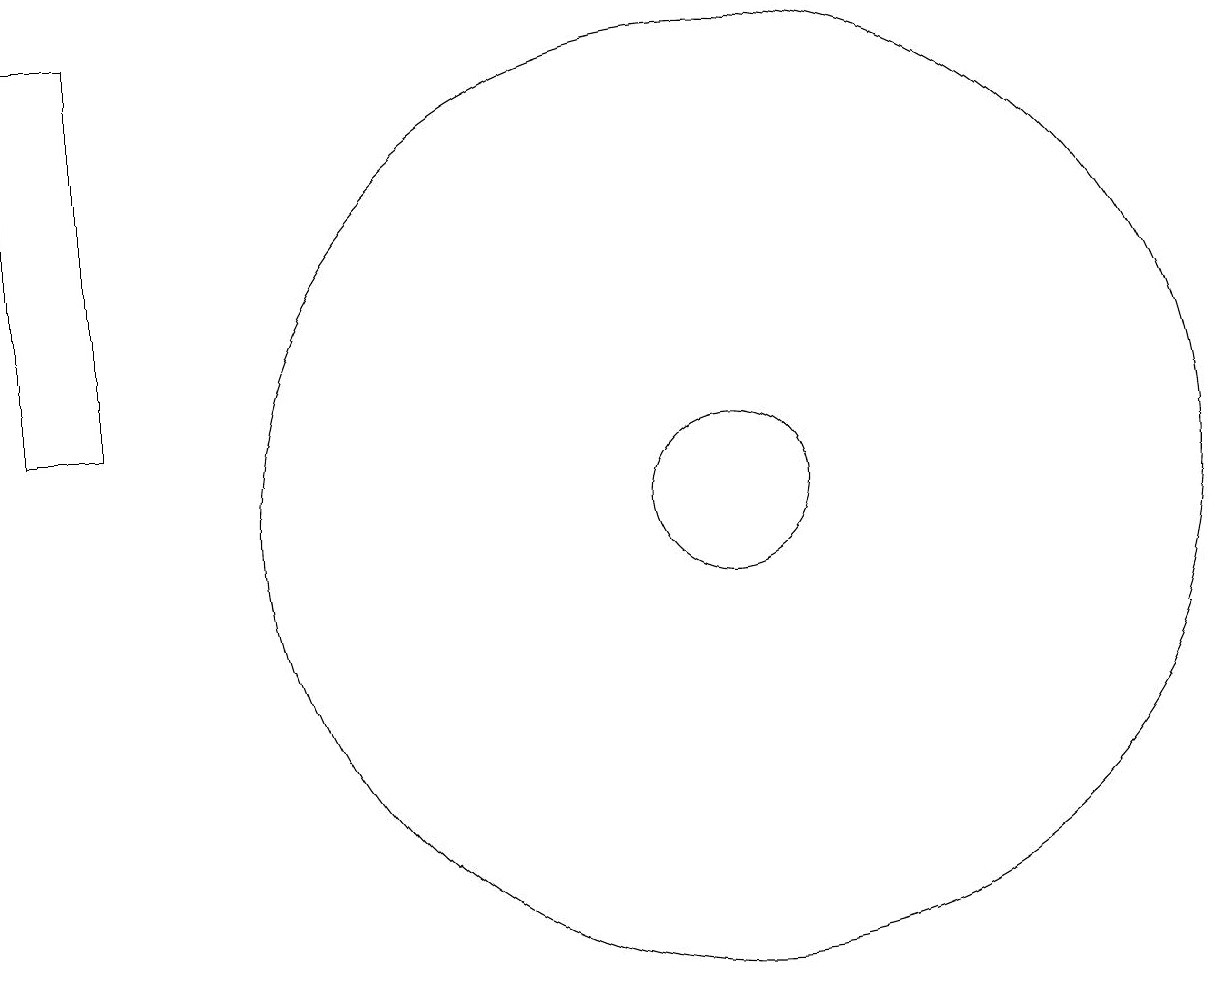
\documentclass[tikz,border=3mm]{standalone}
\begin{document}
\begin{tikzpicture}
\draw (11,11) circle (1);
\draw (3,12) rectangle (2,17);
\draw (11,11) circle (6);
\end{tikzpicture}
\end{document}